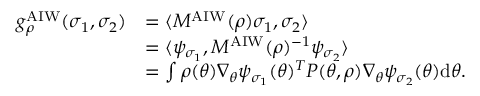
\begin{array} { r l } { g _ { \rho } ^ { \mathrm { A I W } } ( \sigma _ { 1 } , \sigma _ { 2 } ) } & { = \langle M ^ { \mathrm { A I W } } ( \rho ) \sigma _ { 1 } , \sigma _ { 2 } \rangle } \\ & { = \langle \psi _ { \sigma _ { 1 } } , M ^ { \mathrm { A I W } } ( \rho ) ^ { - 1 } \psi _ { \sigma _ { 2 } } \rangle } \\ & { = \int \rho ( \theta ) \nabla _ { \theta } \psi _ { \sigma _ { 1 } } ( \theta ) ^ { T } P ( \theta , \rho ) \nabla _ { \theta } \psi _ { \sigma _ { 2 } } ( \theta ) \mathrm { d } \theta . } \end{array}